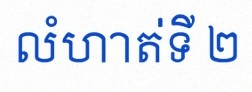
លំហាត់ទី ២